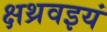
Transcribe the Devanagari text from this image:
क्षथ्रवइयं